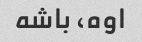
اوه، باشه